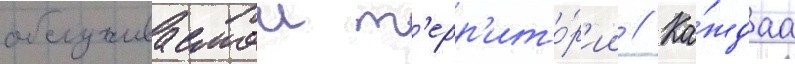
обслуживаемои т'ерр'ито́р'ии // Ка́ждаа